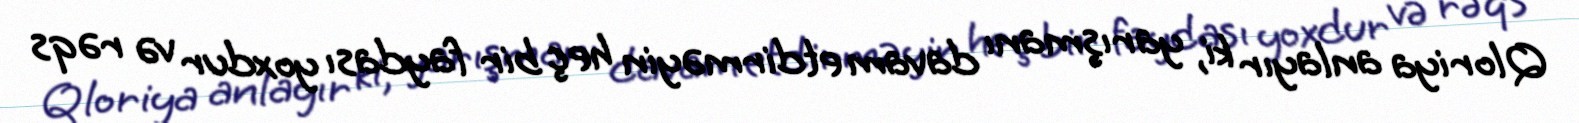
Qloriya anlayır ki, yarışmanı davam etdirməyin heç bir faydası yoxdur və rəqs